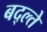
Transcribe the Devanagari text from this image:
बद्ल्ते